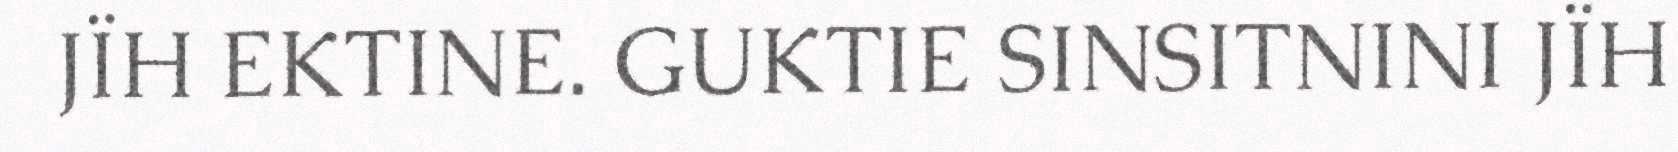
JÏH EKTINE. GUKTIE SINSITNINI JÏH